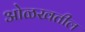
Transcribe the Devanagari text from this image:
ओळखतील